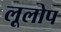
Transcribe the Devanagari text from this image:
लूलोप